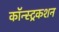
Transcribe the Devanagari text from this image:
कॉन्स्ट्रकशन